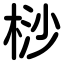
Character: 桫